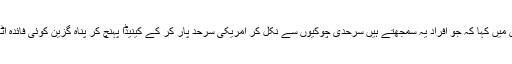
ٹروڈو نے مانٹریال میں ایک پریس کانفرنس میں کہا کہ جو افراد یہ سمجھتے ہیں سرحدی چوکیوں سے نکل کر امریکی سرحد پار کر کے کینیڈا پہنچ کر پناہ گزین کوئی فائدہ اٹھا سکتے ہیں تو ان کی یہ مشق بے کار ہے۔